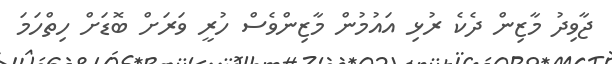
ޖާވިދު މާޒިން ދެކެ ރުޅި އައުމުން މާޒިންވެސް ހުރީ ވަރަށް ބޮޑަށް ހިތްހަމަ